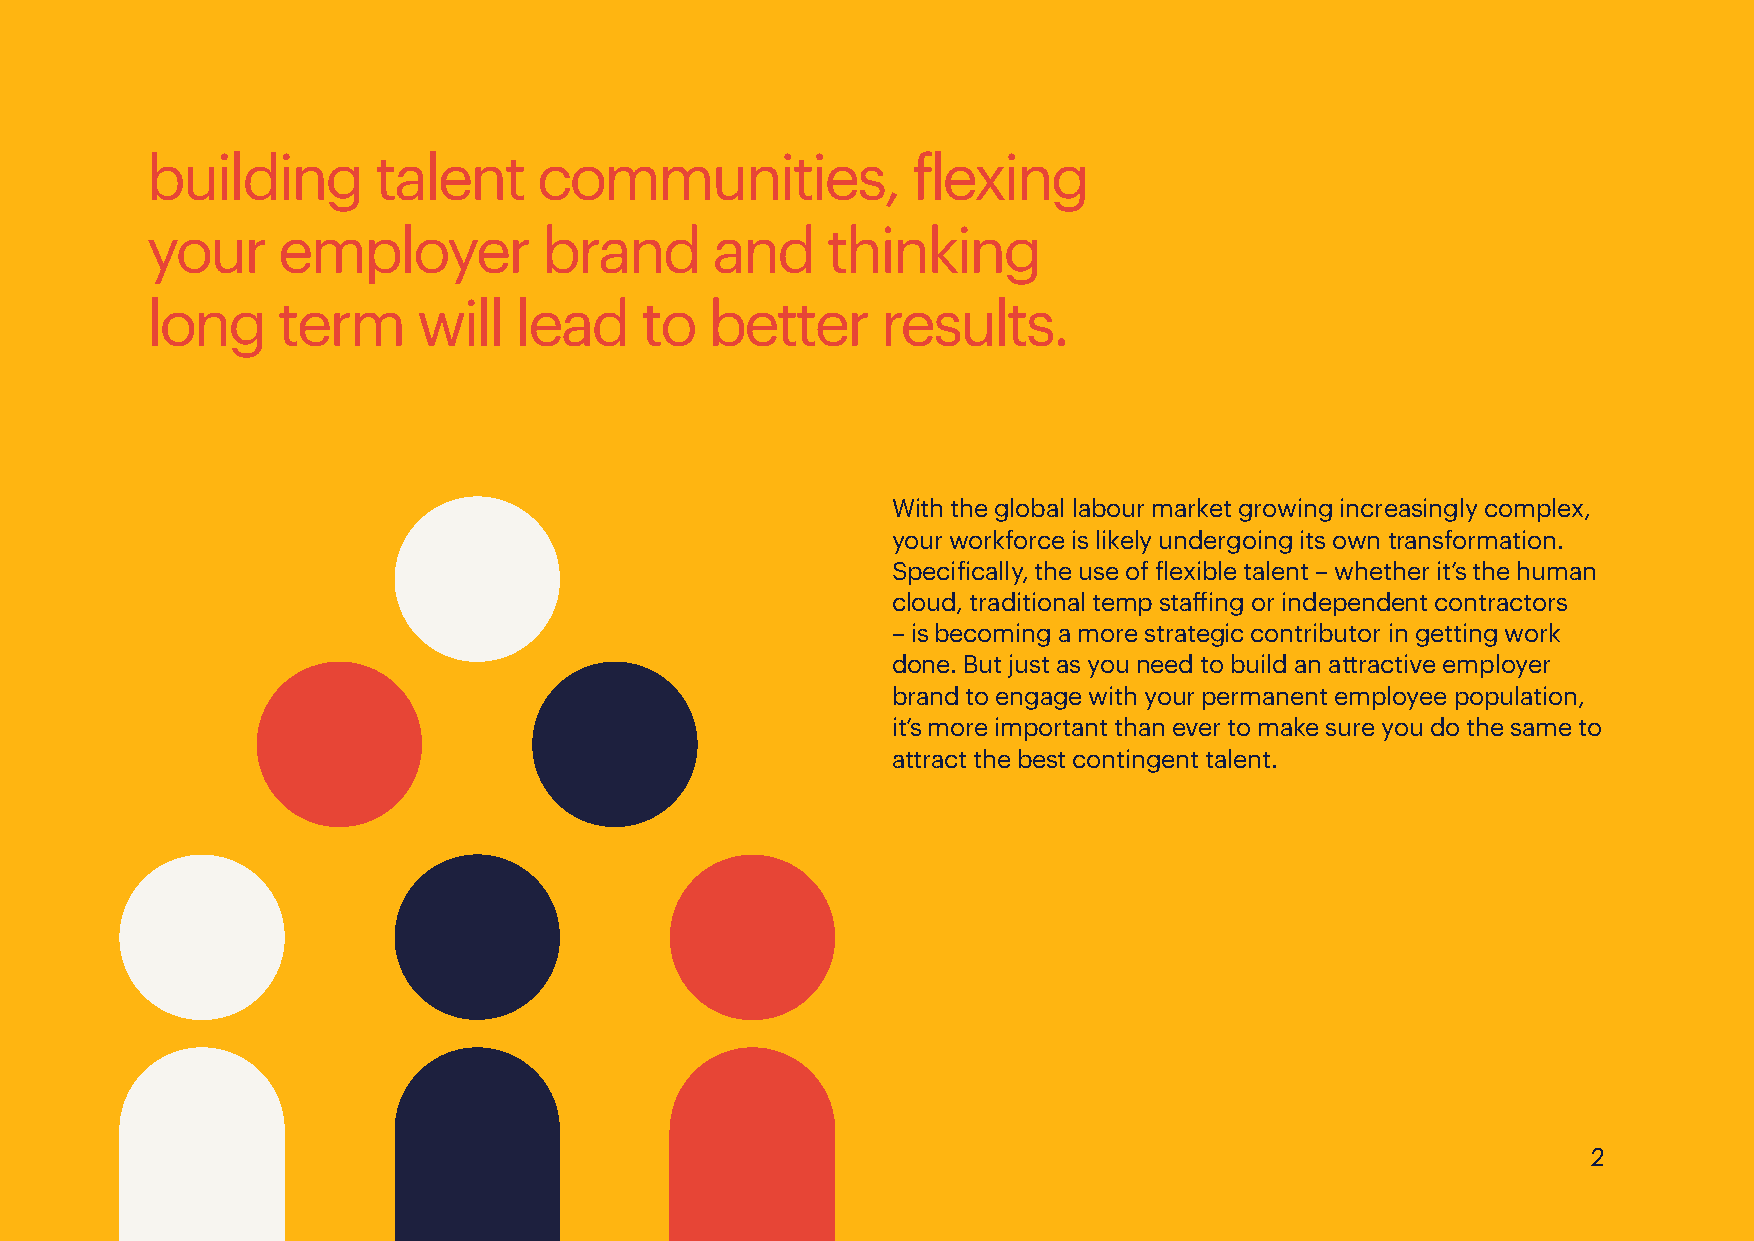
building       talent     communities,            flexing
 your    employer          brand      and     thinking
 long    term      will  lead    to   better     results.
 With the global labour market growing increasingly complex,
 your workforce is likely undergoing its own transformation.
 Specifically, the use of flexible talent – whether it’s the human
 cloud, traditional temp staffing or independent contractors
 – is becoming a more strategic contributor in getting work
 done. But just as you need to build an attractive employer
 brand to engage with your permanent employee population,
 it’s more important than ever to make sure you do the same to
 attract the best contingent talent.
 2